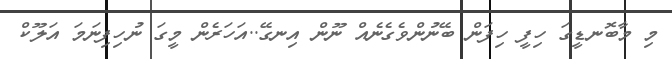
މި މާބޮނޑީގަ ހިފީ ހިފަން ބޭނުންވެގެނެއް ނޫން އިނގޭ..އަހަރެން މީގަ ނުހިފިނަމަ އަލޫކް